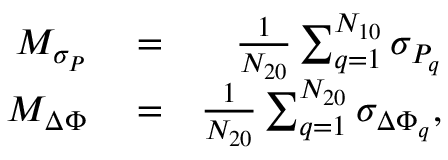
\begin{array} { r l r } { M _ { \sigma _ { P } } } & { { } = } & { \frac { 1 } { N _ { 2 0 } } \sum _ { q = 1 } ^ { N _ { 1 0 } } { \sigma _ { P _ { q } } } } \\ { M _ { \Delta \Phi } } & { { } = } & { \frac { 1 } { N _ { 2 0 } } \sum _ { q = 1 } ^ { N _ { 2 0 } } { \sigma _ { \Delta \Phi _ { q } } } , } \end{array}